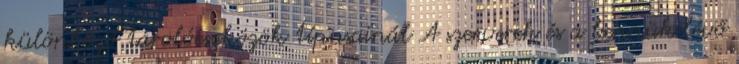
különböző tárolóeszközök típusainál A szerverek és a bennük lévő